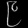
Digit: ၉